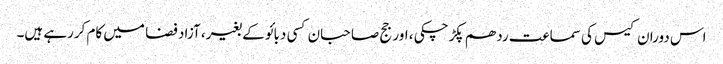
اس دوران کیس کی سماعت ردھم پکڑچکی ، اور جج صاحبان کسی دبائو کے بغیر، آزاد فضا میں کام کررہے ہیں۔